Report on vaccination in Madras 1895-1903 - 1895-1903
Year: 1895
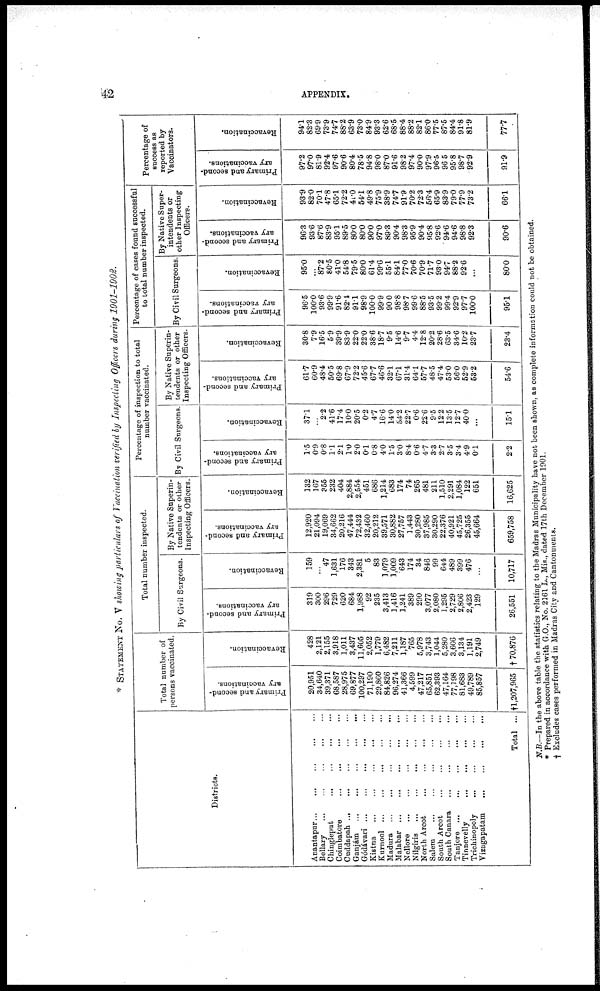
42
APPENDIX.
* STATEMENT NO. V showing particulars of Vaccination verified by Inspecting Officers during 1901-1902.
Districts.
Anantapur
...
...
...
...
...
Bellary
...
...
...
...
...
Chingleput
...
...
...
...
Coimbatore
...
...
...
...
Cuddapah ...
...
...
...
...
Ganjám
...
...
...
...
...
Gódávari
...
...
...
...
...
Kistna
...
...
...
...
...
Kurnool ...
...
... ... ...
Madura ...
...
...
...
...
Malabar
...
...
...
...
...
Nellore
...
...
...
...
...
Nilgiris
...
...
...
...
...
North Arcot
...
...
...
...
Salem
...
...
...
...
...
South Arcot ... ... ... ...
South Canara
...
...
...
...
Tanjore
...
...
...
...
...
Tinnevelly
...
...
...
...
Trichinopoly
...
...
...
...
Vizagapatam
...
...
...
...
Total ...
Total number of
persons vaccinated.
Primary and second-
ary vaccinations.
20,951
34,640
39,371
68,587
28,975
69,877
100,297
71,190
29,860
84,826
96,274
41,366
4,599
47,217
65,851
62,393
47,164
77,198
81,683
49,789
85,857
†1,207,965
Revaccination.
428
2,121
2,155
3,918
1,011
3,437
11,605
2,052
1,779
6,482
7,211
1,187
765
5,978
3,743
1,044
5,280
3,606
3,134
1,191
2,749
†70,876
Total number inspected.
By Civil Surgeons.
Primary and second-
ary vaccinations.
319
300
296
729
620
684
1,988
92
235
3,413
1,416
1,241
389
290
3,077
2,080
1,295
2,729
2,806
2,423
129
26,551
Revaccination.
159
...
47
1,631
176
343
2,381
5
83
1,079
1,009
643
174
34
846
99
644
489
399
476
...
10,717
By Native Superin-
tendents or other
Inspecting Officers.
Primary and second-
ary vaccinations.
12,920
21,094
19,069
34,662
20,216
47,444
72,432
32,460
20,212
39,571
30,882
27,757
1,443
30,280
37,985
30,290
22,376
40,921
45,725
26,355
45,664
659,758
Revaccination.
132
167
355
232
404
2,884
2,554
451
686
1,214
683
174
74
265
481
211
1,510
2,291
1,084
122
651
16,625
Percentage of inspection to total
number vaccinated.
By Civil Surgeons.
Primary and second-
ary vaccinations.
1.5
0.9
0.8
1.1
2.1
1.0
2.0
0.1
0.8
4.0
1.5
3.0
8.4
0.6
4.7
3.3
2.7
3.5
3.4
4.9
0.1
2.2
Revaccination.
37.1
...
2.2
41.6
17.4
10.0
20.5
0.2
4.7
16.6
14.0
54.2
22.7
0.6
22.6
9.5
12.2
13.5
12.7
40.0
...
15.1
By Native Superin-
tendents or other
Inspecting Officers.
Primary and second-
ary vaccinations.
61.7
60.9
48.4
50.5
69.8
67.9
72.2
45.6
67.7
46.6
32.1
67.1
31.4
64.1
57.7
48.5
47.4
53.0
56.0
52.9
53.2
54.6
Revaccination.
30.8
7.9
16.5
5.9
39.9
83.9
22.0
22.0
38.6
18.7
9.5
14.6
9.7
4.4
12.8
20.2
28.6
63.5
34.6
10.2
23.7
23.4
Percentage of cases found successful
to total number inspected.
By Civil Surgeons.
Primary and second-
ary vaccinations.
96.5
100.0
93.6
99.9
91.6
82.4
91.1
98.9
100.0
99.9
90.0
98.8
98.7
99.6
88.5
93.5
99.2
99.4
92.9
97.7
100.0
95.1
Revaccination.
95.0
...
87.2
80.5
41.0
54.8
79.5
80.0
61.4
99.6
55.1
84.1
77.0
70.6
70.9
71.7
93.0
94.7
88.2
92.6
...
80.0
By Native Super-
intendents or
other Inspecting
Officers.
Primary and second-
ary vaccinations.
96.3
93.6
87.6
83.9
95.1
89.5
80.0
80.0
90.0
97.0
89.3
90.4
98.3
95.9
90.4
95.8
92.6
94.6
94.6
98.8
92.3
90.6
Revaccination.
93.9
82.0
70.1
47.8
65.1
72.2
41.0
54.1
49.8
75.9
38.9
74.7
91.9
70.2
72.3
56.4
65.9
83.9
79.0
77.9
73.2
66.1
Percentage of
success as
reported by
Vaccinators.
Primary and second-
ary vaccinations.
97.2
97.0
81.9
92.4
97.6
90.6
80.4
78.5
94.8
98.0
87.0
91.6
98.2
97.4
90.0
97.9
96.5
96.5
95.8
98.7
92.9
91.9
Revaccination.
94.1
82.3
69.9
73.9
74.7
88.2
63.9
73.0
84.9
93.3
62.6
68.5
88.4
88.2
82.1
86.0
77.5
87.5
84.4
91.8
81.9
77.7
N.B.—In the above table the statistics relating to the Madras Municipality have not been shown, as complete information could not be obtained.
* Prepared in accordance with G.O., No. 2161 L., Mis., dated 17th December 1901.
† Excludes cases performed in Madras City and Cantonments.